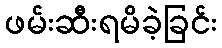
ဖမ်းဆီးရမိခဲ့ခြင်း